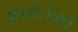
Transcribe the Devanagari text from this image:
बोतोलोमो